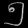
Digit: ၅